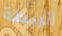
الربطة